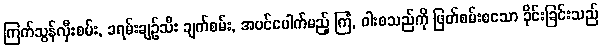
ကြက်သွန်လှီးစမ်း, ခရမ်းချဉ်သီး ချက်စမ်း, အပင်ပေါက်မည့် ကြံ, ဝါးစသည်ကို ဖြတ်စမ်းစသော ခိုင်းခြင်းသည်